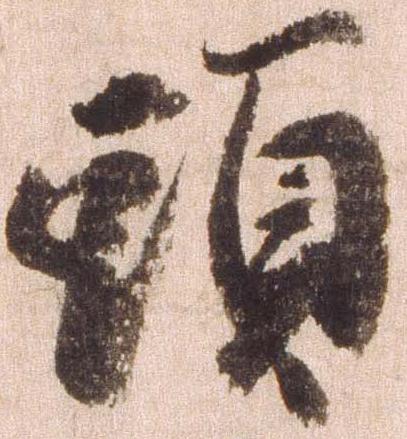
頭